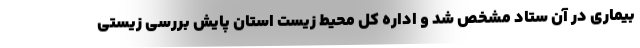
بیماری در آن ستاد مشخص شد و اداره کل محیط زیست استان پایش بررسی زیستی